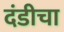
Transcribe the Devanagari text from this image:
दंडीचा